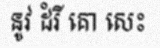
នូវ ដំរី គោ សេះ